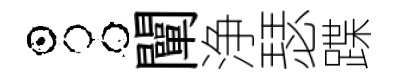
占闡浄瑟蹀